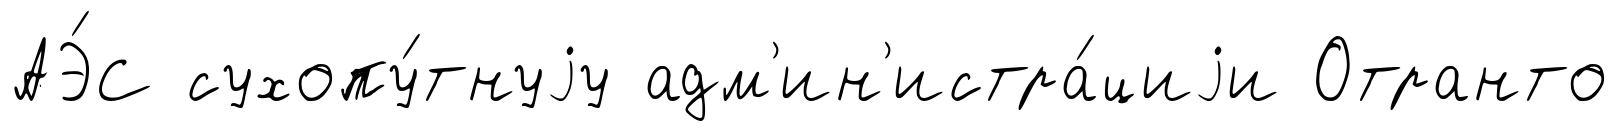
АЭ́С сухопу́тнуjу адм'ин'истра́циjи Отранто